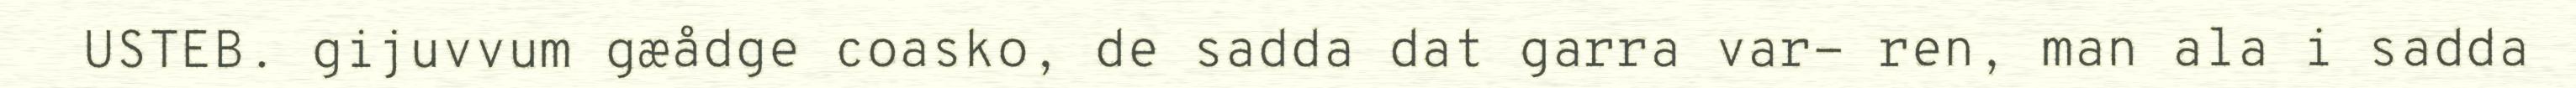
USTEB. gijuvvum gæådge coasko, de sadda dat garra var- ren, man ala i sadda